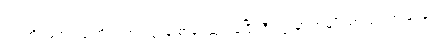
ဘဝအိပ်မက် ပန်းအိပ်မက် ဝတ္ထုနဲ့ စာပေဆု ရခဲ့ပြီး ဒီဝတ္ထုမှာ အမျိုးသားရေးအမြင်နဲ့